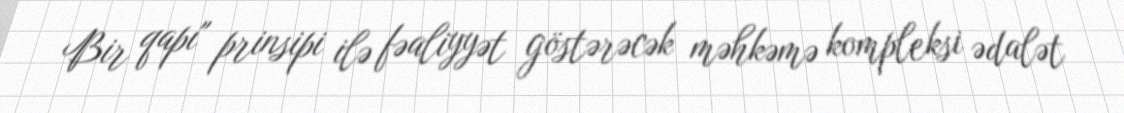
Bir qapı" prinsipi ilə fəaliyyət göstərəcək məhkəmə kompleksi ədalət